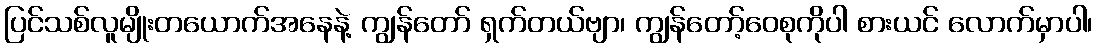
ပြင်သစ်လူမျိုးတယောက်အနေနဲ့ ကျွန်တော် ရှက်တယ်ဗျာ၊ ကျွန်တော့်ဝေစုကိုပါ စားယင် လောက်မှာပါ၊